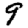
Digit: 9